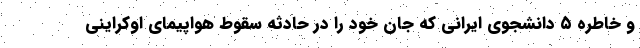
و خاطره ۵ دانشجوی ایرانی که جان خود را در حادثه سقوط هواپیمای اوکراینی